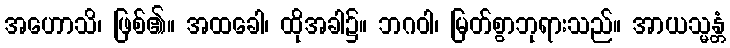
အဟောသိ၊ ဖြစ်၏။ အထခေါ၊ ထိုအခါ၌။ ဘဂဝါ၊ မြတ်စွာဘုရားသည်။ အာယသ္မန္တံ